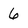
Character: 6